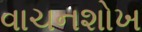
વાચનશોખ